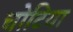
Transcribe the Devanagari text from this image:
चोटिया